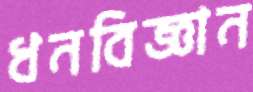
ধনবিজ্ঞান